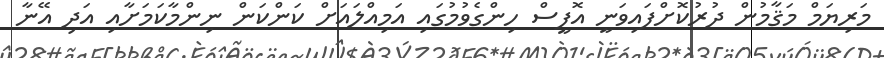
މަރިޔަމް މަޤާމުން ދުރުކޮށްފައިވަނީ އޮފީސް ހިންގެވުމުގައި އަމިއްލައަށް ކަންކަން ނިންމާކަމަށާއި އަދި އޭނާ